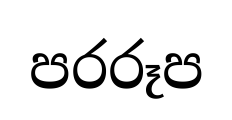
පරරූප